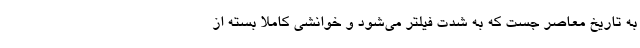
به تاریخ معاصر جست که به شدت فیلتر می‌شود و خوانشی کاملاً بسته از